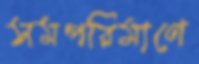
সমপরিমাণে